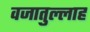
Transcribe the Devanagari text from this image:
वजातुल्लाह